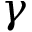
\gamma